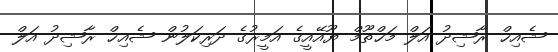
ޝެއިޚް ރާޝިދު އަލް މަޚްތޫމް ޔޫއޭއީގެ އަމީރުގެ ދަރިކަލުން ޝެއިޚް ރާޝިދު އަލް